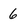
Character: 6